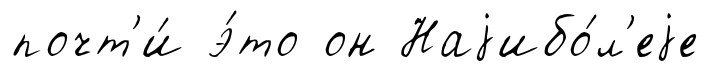
почт'и́ э́то он Наjибо́л'еjе